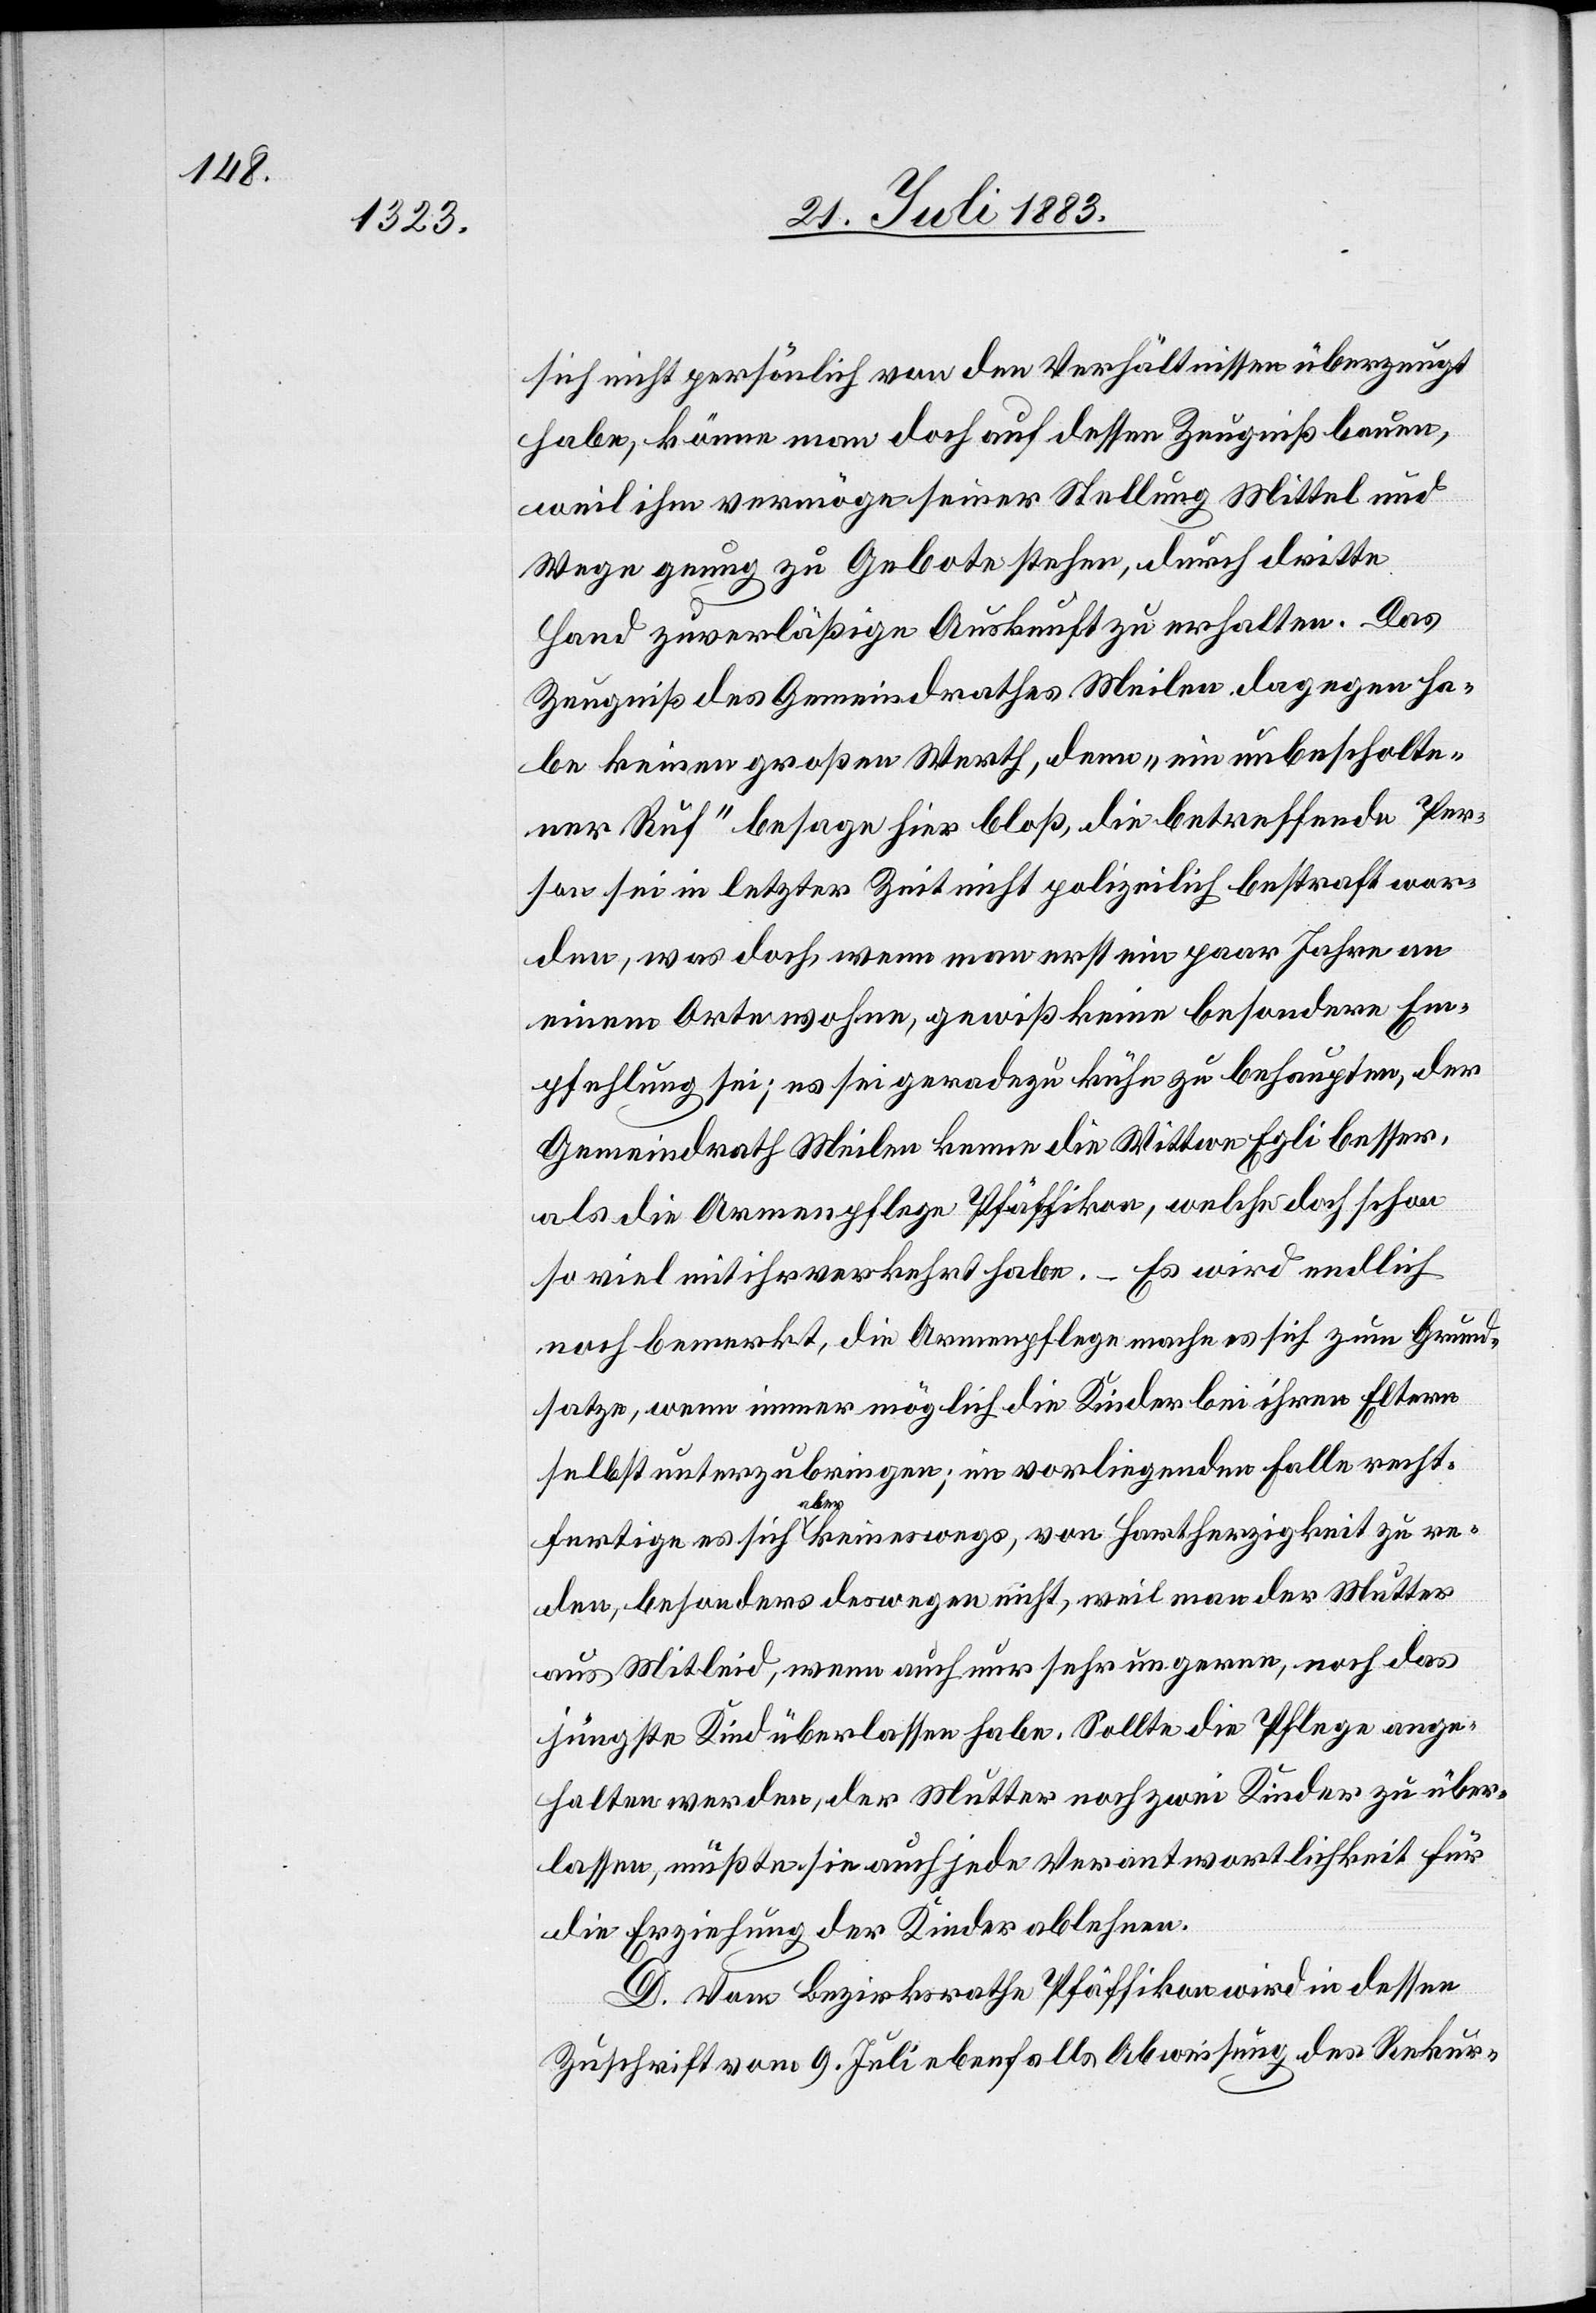
sich nicht persönlich von den Verhältnissen überzeugt
habe, könne man doch auf dessen Zeugniß bauen,
weil ihm vermöge seiner Stellung Mittel und
Wege genug zu Gebote stehen, durch dritte
Hand zuverlässige Auskunft zu erhalten. Das
Zeugniß des Gemeindrathes Meilen dagegen ha¬
be keinen großen Werth, denn „ein unbescholte¬
ner Ruf“ besage hier bloß, die betreffende Per¬
son sei in letzter Zeit nicht polizeilich bestraft wor¬
den, was doch, wenn man erst ein paar Jahre an
einem Orte wohne, gewiß keine besondere Em¬
pfehlung sei; es sei geradezu kühn zu behaupten, der
Gemeindrath Meilen kenne die Wittwe Egli besser,
als die Armenpflege Pfäffikon, welche doch schon
so viel mit ihr verkehrt habe. – Es wird endlich
noch bemerkt, die Armenpflege mache es sich zum Grund¬
satze, wenn immer möglich die Kinder bei ihren Eltern
selbst unterzubringen; im vorliegenden Falle recht¬
fertige es sich aber keineswegs, von Hartherzigkeit zu re¬
den, besonders deswegen nicht, weil man der Mutter
aus Mitleid, wenn auch nur sehr ungerne, noch das
jüngste Kind überlassen habe. Sollte die Pflege ange¬
halten werden, der Mutter noch zwei Kinder zu über¬
lassen, müßten sie auch jede Verantwortlichkeit für
die Erziehung der Kinder ablehnen.
D. Vom Bezirksrathe Pfäffikon wird in dessen
Zuschrift vom 9. Juli ebenfalls Abweisung des Rekur-